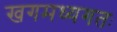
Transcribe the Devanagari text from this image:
खगमध्यगतः